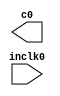
// megafunction wizard: %ALTPLL%VBB%
// GENERATION: STANDARD
// VERSION: WM1.0
// MODULE: altpll 

// ============================================================
// Megafunction Name(s):
// 			altpll
//
// Simulation Library Files(s):
// 			altera_mf
// ============================================================
// ************************************************************
// THIS IS A WIZARD-GENERATED FILE. DO NOT EDIT THIS FILE!
//
// 13.1.0 Build 162 10/23/2013 SJ Web Edition
// ************************************************************

//Copyright (C) 1991-2013 Altera Corporation
//Your use of Altera Corporation's design tools, logic functions 
//and other software and tools, and its AMPP partner logic 
//functions, and any output files from any of the foregoing 
//(including device programming or simulation files), and any 
//associated documentation or information are expressly subject 
//to the terms and conditions of the Altera Program License 
//Subscription Agreement, Altera MegaCore Function License 
//Agreement, or other applicable license agreement, including, 
//without limitation, that your use is for the sole purpose of 
//programming logic devices manufactured by Altera and sold by 
//Altera or its authorized distributors.  Please refer to the 
//applicable agreement for further details.

module jtframe_pll1 (
	inclk0,
	c0);

	input	  inclk0;
	output	  c0;

endmodule

// ============================================================
// CNX file retrieval info
// ============================================================
// Retrieval info: PRIVATE: ACTIVECLK_CHECK STRING "0"
// Retrieval info: PRIVATE: BANDWIDTH STRING "1.000"
// Retrieval info: PRIVATE: BANDWIDTH_FEATURE_ENABLED STRING "1"
// Retrieval info: PRIVATE: BANDWIDTH_FREQ_UNIT STRING "MHz"
// Retrieval info: PRIVATE: BANDWIDTH_PRESET STRING "Low"
// Retrieval info: PRIVATE: BANDWIDTH_USE_AUTO STRING "1"
// Retrieval info: PRIVATE: BANDWIDTH_USE_PRESET STRING "0"
// Retrieval info: PRIVATE: CLKBAD_SWITCHOVER_CHECK STRING "0"
// Retrieval info: PRIVATE: CLKLOSS_CHECK STRING "0"
// Retrieval info: PRIVATE: CLKSWITCH_CHECK STRING "0"
// Retrieval info: PRIVATE: CNX_NO_COMPENSATE_RADIO STRING "1"
// Retrieval info: PRIVATE: CREATE_CLKBAD_CHECK STRING "0"
// Retrieval info: PRIVATE: CREATE_INCLK1_CHECK STRING "0"
// Retrieval info: PRIVATE: CUR_DEDICATED_CLK STRING "c0"
// Retrieval info: PRIVATE: CUR_FBIN_CLK STRING "c0"
// Retrieval info: PRIVATE: DEVICE_SPEED_GRADE STRING "8"
// Retrieval info: PRIVATE: DIV_FACTOR0 NUMERIC "24"
// Retrieval info: PRIVATE: DUTY_CYCLE0 STRING "50.00000000"
// Retrieval info: PRIVATE: EFF_OUTPUT_FREQ_VALUE0 STRING "25.000000"
// Retrieval info: PRIVATE: EXPLICIT_SWITCHOVER_COUNTER STRING "0"
// Retrieval info: PRIVATE: EXT_FEEDBACK_RADIO STRING "0"
// Retrieval info: PRIVATE: GLOCKED_COUNTER_EDIT_CHANGED STRING "1"
// Retrieval info: PRIVATE: GLOCKED_FEATURE_ENABLED STRING "0"
// Retrieval info: PRIVATE: GLOCKED_MODE_CHECK STRING "0"
// Retrieval info: PRIVATE: GLOCK_COUNTER_EDIT NUMERIC "1048575"
// Retrieval info: PRIVATE: HAS_MANUAL_SWITCHOVER STRING "1"
// Retrieval info: PRIVATE: INCLK0_FREQ_EDIT STRING "48.000"
// Retrieval info: PRIVATE: INCLK0_FREQ_UNIT_COMBO STRING "MHz"
// Retrieval info: PRIVATE: INCLK1_FREQ_EDIT STRING "100.000"
// Retrieval info: PRIVATE: INCLK1_FREQ_EDIT_CHANGED STRING "1"
// Retrieval info: PRIVATE: INCLK1_FREQ_UNIT_CHANGED STRING "1"
// Retrieval info: PRIVATE: INCLK1_FREQ_UNIT_COMBO STRING "MHz"
// Retrieval info: PRIVATE: INTENDED_DEVICE_FAMILY STRING "Cyclone III"
// Retrieval info: PRIVATE: INT_FEEDBACK__MODE_RADIO STRING "1"
// Retrieval info: PRIVATE: LOCKED_OUTPUT_CHECK STRING "0"
// Retrieval info: PRIVATE: LONG_SCAN_RADIO STRING "1"
// Retrieval info: PRIVATE: LVDS_MODE_DATA_RATE STRING "Not Available"
// Retrieval info: PRIVATE: LVDS_MODE_DATA_RATE_DIRTY NUMERIC "0"
// Retrieval info: PRIVATE: LVDS_PHASE_SHIFT_UNIT0 STRING "deg"
// Retrieval info: PRIVATE: MIG_DEVICE_SPEED_GRADE STRING "Any"
// Retrieval info: PRIVATE: MIRROR_CLK0 STRING "0"
// Retrieval info: PRIVATE: MULT_FACTOR0 NUMERIC "25"
// Retrieval info: PRIVATE: NORMAL_MODE_RADIO STRING "0"
// Retrieval info: PRIVATE: OUTPUT_FREQ0 STRING "25.00000000"
// Retrieval info: PRIVATE: OUTPUT_FREQ_MODE0 STRING "1"
// Retrieval info: PRIVATE: OUTPUT_FREQ_UNIT0 STRING "MHz"
// Retrieval info: PRIVATE: PHASE_RECONFIG_FEATURE_ENABLED STRING "1"
// Retrieval info: PRIVATE: PHASE_RECONFIG_INPUTS_CHECK STRING "0"
// Retrieval info: PRIVATE: PHASE_SHIFT0 STRING "0.00000000"
// Retrieval info: PRIVATE: PHASE_SHIFT_STEP_ENABLED_CHECK STRING "0"
// Retrieval info: PRIVATE: PHASE_SHIFT_UNIT0 STRING "deg"
// Retrieval info: PRIVATE: PLL_ADVANCED_PARAM_CHECK STRING "0"
// Retrieval info: PRIVATE: PLL_ARESET_CHECK STRING "0"
// Retrieval info: PRIVATE: PLL_AUTOPLL_CHECK NUMERIC "1"
// Retrieval info: PRIVATE: PLL_ENHPLL_CHECK NUMERIC "0"
// Retrieval info: PRIVATE: PLL_FASTPLL_CHECK NUMERIC "0"
// Retrieval info: PRIVATE: PLL_FBMIMIC_CHECK STRING "0"
// Retrieval info: PRIVATE: PLL_LVDS_PLL_CHECK NUMERIC "0"
// Retrieval info: PRIVATE: PLL_PFDENA_CHECK STRING "0"
// Retrieval info: PRIVATE: PLL_TARGET_HARCOPY_CHECK NUMERIC "0"
// Retrieval info: PRIVATE: PRIMARY_CLK_COMBO STRING "inclk0"
// Retrieval info: PRIVATE: RECONFIG_FILE STRING "jtframe_pll1.mif"
// Retrieval info: PRIVATE: SACN_INPUTS_CHECK STRING "0"
// Retrieval info: PRIVATE: SCAN_FEATURE_ENABLED STRING "1"
// Retrieval info: PRIVATE: SELF_RESET_LOCK_LOSS STRING "0"
// Retrieval info: PRIVATE: SHORT_SCAN_RADIO STRING "0"
// Retrieval info: PRIVATE: SPREAD_FEATURE_ENABLED STRING "0"
// Retrieval info: PRIVATE: SPREAD_FREQ STRING "50.000"
// Retrieval info: PRIVATE: SPREAD_FREQ_UNIT STRING "KHz"
// Retrieval info: PRIVATE: SPREAD_PERCENT STRING "0.500"
// Retrieval info: PRIVATE: SPREAD_USE STRING "0"
// Retrieval info: PRIVATE: SRC_SYNCH_COMP_RADIO STRING "0"
// Retrieval info: PRIVATE: STICKY_CLK0 STRING "1"
// Retrieval info: PRIVATE: SWITCHOVER_COUNT_EDIT NUMERIC "1"
// Retrieval info: PRIVATE: SWITCHOVER_FEATURE_ENABLED STRING "1"
// Retrieval info: PRIVATE: SYNTH_WRAPPER_GEN_POSTFIX STRING "0"
// Retrieval info: PRIVATE: USE_CLK0 STRING "1"
// Retrieval info: PRIVATE: USE_CLKENA0 STRING "0"
// Retrieval info: PRIVATE: USE_MIL_SPEED_GRADE NUMERIC "0"
// Retrieval info: PRIVATE: ZERO_DELAY_RADIO STRING "0"
// Retrieval info: LIBRARY: altera_mf altera_mf.altera_mf_components.all
// Retrieval info: CONSTANT: BANDWIDTH_TYPE STRING "AUTO"
// Retrieval info: CONSTANT: CLK0_DIVIDE_BY NUMERIC "48"
// Retrieval info: CONSTANT: CLK0_DUTY_CYCLE NUMERIC "50"
// Retrieval info: CONSTANT: CLK0_MULTIPLY_BY NUMERIC "25"
// Retrieval info: CONSTANT: CLK0_PHASE_SHIFT STRING "0"
// Retrieval info: CONSTANT: INCLK0_INPUT_FREQUENCY NUMERIC "20833"
// Retrieval info: CONSTANT: INTENDED_DEVICE_FAMILY STRING "Cyclone III"
// Retrieval info: CONSTANT: LPM_TYPE STRING "altpll"
// Retrieval info: CONSTANT: OPERATION_MODE STRING "NO_COMPENSATION"
// Retrieval info: CONSTANT: PLL_TYPE STRING "AUTO"
// Retrieval info: CONSTANT: PORT_ACTIVECLOCK STRING "PORT_UNUSED"
// Retrieval info: CONSTANT: PORT_ARESET STRING "PORT_UNUSED"
// Retrieval info: CONSTANT: PORT_CLKBAD0 STRING "PORT_UNUSED"
// Retrieval info: CONSTANT: PORT_CLKBAD1 STRING "PORT_UNUSED"
// Retrieval info: CONSTANT: PORT_CLKLOSS STRING "PORT_UNUSED"
// Retrieval info: CONSTANT: PORT_CLKSWITCH STRING "PORT_UNUSED"
// Retrieval info: CONSTANT: PORT_CONFIGUPDATE STRING "PORT_UNUSED"
// Retrieval info: CONSTANT: PORT_FBIN STRING "PORT_UNUSED"
// Retrieval info: CONSTANT: PORT_INCLK0 STRING "PORT_USED"
// Retrieval info: CONSTANT: PORT_INCLK1 STRING "PORT_UNUSED"
// Retrieval info: CONSTANT: PORT_LOCKED STRING "PORT_UNUSED"
// Retrieval info: CONSTANT: PORT_PFDENA STRING "PORT_UNUSED"
// Retrieval info: CONSTANT: PORT_PHASECOUNTERSELECT STRING "PORT_UNUSED"
// Retrieval info: CONSTANT: PORT_PHASEDONE STRING "PORT_UNUSED"
// Retrieval info: CONSTANT: PORT_PHASESTEP STRING "PORT_UNUSED"
// Retrieval info: CONSTANT: PORT_PHASEUPDOWN STRING "PORT_UNUSED"
// Retrieval info: CONSTANT: PORT_PLLENA STRING "PORT_UNUSED"
// Retrieval info: CONSTANT: PORT_SCANACLR STRING "PORT_UNUSED"
// Retrieval info: CONSTANT: PORT_SCANCLK STRING "PORT_UNUSED"
// Retrieval info: CONSTANT: PORT_SCANCLKENA STRING "PORT_UNUSED"
// Retrieval info: CONSTANT: PORT_SCANDATA STRING "PORT_UNUSED"
// Retrieval info: CONSTANT: PORT_SCANDATAOUT STRING "PORT_UNUSED"
// Retrieval info: CONSTANT: PORT_SCANDONE STRING "PORT_UNUSED"
// Retrieval info: CONSTANT: PORT_SCANREAD STRING "PORT_UNUSED"
// Retrieval info: CONSTANT: PORT_SCANWRITE STRING "PORT_UNUSED"
// Retrieval info: CONSTANT: PORT_clk0 STRING "PORT_USED"
// Retrieval info: CONSTANT: PORT_clk1 STRING "PORT_UNUSED"
// Retrieval info: CONSTANT: PORT_clk2 STRING "PORT_UNUSED"
// Retrieval info: CONSTANT: PORT_clk3 STRING "PORT_UNUSED"
// Retrieval info: CONSTANT: PORT_clk4 STRING "PORT_UNUSED"
// Retrieval info: CONSTANT: PORT_clk5 STRING "PORT_UNUSED"
// Retrieval info: CONSTANT: PORT_clkena0 STRING "PORT_UNUSED"
// Retrieval info: CONSTANT: PORT_clkena1 STRING "PORT_UNUSED"
// Retrieval info: CONSTANT: PORT_clkena2 STRING "PORT_UNUSED"
// Retrieval info: CONSTANT: PORT_clkena3 STRING "PORT_UNUSED"
// Retrieval info: CONSTANT: PORT_clkena4 STRING "PORT_UNUSED"
// Retrieval info: CONSTANT: PORT_clkena5 STRING "PORT_UNUSED"
// Retrieval info: CONSTANT: PORT_extclk0 STRING "PORT_UNUSED"
// Retrieval info: CONSTANT: PORT_extclk1 STRING "PORT_UNUSED"
// Retrieval info: CONSTANT: PORT_extclk2 STRING "PORT_UNUSED"
// Retrieval info: CONSTANT: PORT_extclk3 STRING "PORT_UNUSED"
// Retrieval info: CONSTANT: WIDTH_CLOCK NUMERIC "5"
// Retrieval info: USED_PORT: @clk 0 0 5 0 OUTPUT_CLK_EXT VCC "@clk[4..0]"
// Retrieval info: USED_PORT: c0 0 0 0 0 OUTPUT_CLK_EXT VCC "c0"
// Retrieval info: USED_PORT: inclk0 0 0 0 0 INPUT_CLK_EXT GND "inclk0"
// Retrieval info: CONNECT: @inclk 0 0 1 1 GND 0 0 0 0
// Retrieval info: CONNECT: @inclk 0 0 1 0 inclk0 0 0 0 0
// Retrieval info: CONNECT: c0 0 0 0 0 @clk 0 0 1 0
// Retrieval info: GEN_FILE: TYPE_NORMAL jtframe_pll1.v TRUE
// Retrieval info: GEN_FILE: TYPE_NORMAL jtframe_pll1.ppf TRUE
// Retrieval info: GEN_FILE: TYPE_NORMAL jtframe_pll1.inc FALSE
// Retrieval info: GEN_FILE: TYPE_NORMAL jtframe_pll1.cmp FALSE
// Retrieval info: GEN_FILE: TYPE_NORMAL jtframe_pll1.bsf FALSE
// Retrieval info: GEN_FILE: TYPE_NORMAL jtframe_pll1_inst.v FALSE
// Retrieval info: GEN_FILE: TYPE_NORMAL jtframe_pll1_bb.v TRUE
// Retrieval info: LIB_FILE: altera_mf
// Retrieval info: CBX_MODULE_PREFIX: ON